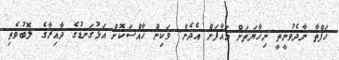
ހަފްތާ ނާދެވުނީތީ ނިހާޔަތަށް މައާފަށް އެދެން. ވަކިން ހާއްސަކޮށް އަޅުގަނޑުގެ ދާއިރާގެ ލޮބުވެތި